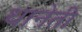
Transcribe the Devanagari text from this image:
धानेती